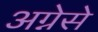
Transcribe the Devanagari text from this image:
अग्नेसे